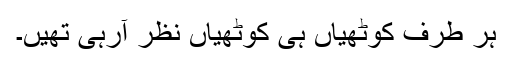
ہر طرف کوٹھیاں ہی کوٹھیاں نظر آرہی تھیں۔